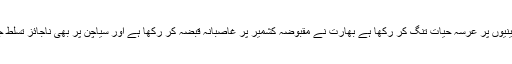
اسرائیل نے فلسطینیوں پر عرسہ حیات تنگ کر رکھا ہے بھارت نے مقبوضہ کشمیر پر غاصبانہ قبضہ کر رکھا ہے اور سیاچن پر بھی ناجائز تسلط جمائے ہوئے ہے۔